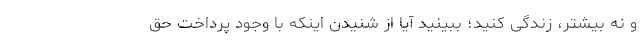
و نه بیشتر، زندگی کنید؛ ببینید آیا از شنیدن اینکه با وجود پرداخت حق